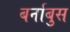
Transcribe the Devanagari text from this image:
बर्नाबुस